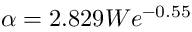
\alpha = 2 . 8 2 9 W e ^ { - 0 . 5 5 }